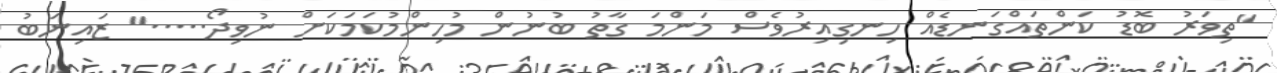
''ތިވަރު ބޮޑު ކަންތައްގަނޑެއް ހިނގިއިރުވެސް މަންމަ ގާތު ބުނުން މުހިންމުކަމަކަށް ނުވިދޯ.....'' ޒައިނަބު